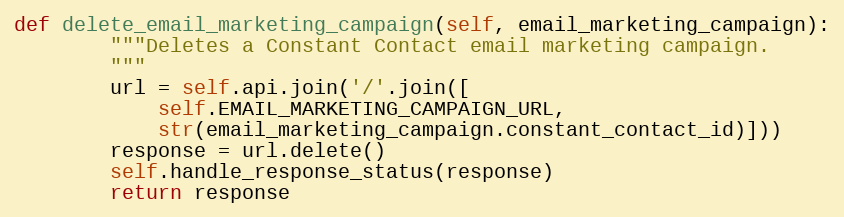
Language: Python
def delete_email_marketing_campaign(self, email_marketing_campaign):
        """Deletes a Constant Contact email marketing campaign.
        """
        url = self.api.join('/'.join([
            self.EMAIL_MARKETING_CAMPAIGN_URL,
            str(email_marketing_campaign.constant_contact_id)]))
        response = url.delete()
        self.handle_response_status(response)
        return response